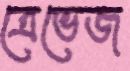
ত্রেভেজ